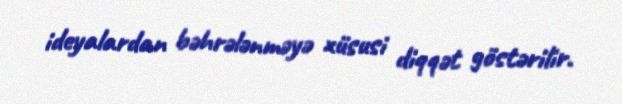
ideyalardan bəhrələnməyə xüsusi diqqət göstərilir.